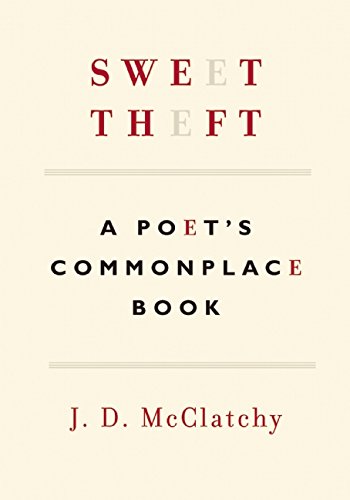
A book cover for Sweet Theft: A Poet's Commonplace Book; J.D. McClatchy; Literature & Fiction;